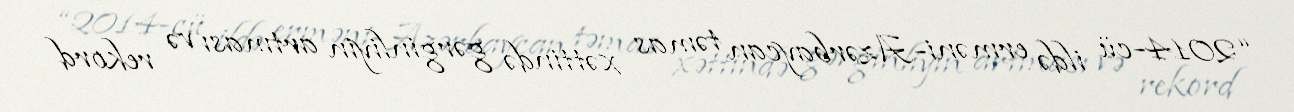
“2014-cü ildə erməni-Azərbaycan təmas xəttində gərginliyin artması və rekord